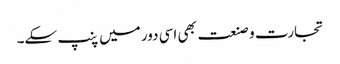
تجارت و صنعت بھی اسی دور میں پنپ سکے۔